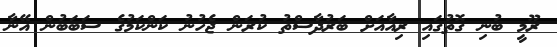
ރޫމީ ބުނި ގޮތުގައި ރިއާއަށް ބަރުދާސްތު ކުރަން ޖެހުނު ކަންކަމުގެ ސަބަބުން އޭނާ